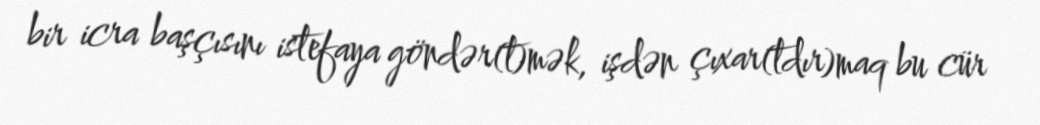
bir icra başçısını istefaya göndər(t)mək, işdən çıxar(tdır)maq bu cür